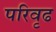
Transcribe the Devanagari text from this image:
परिवृढ